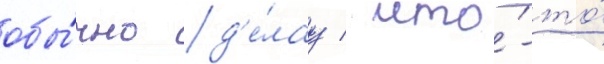
обы́чно д'е́лау / что́-то́